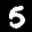
Label: 5